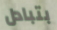
بتبادل